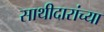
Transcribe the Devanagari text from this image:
साथीदारांच्या